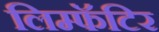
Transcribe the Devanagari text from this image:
लिम्फॅटिर